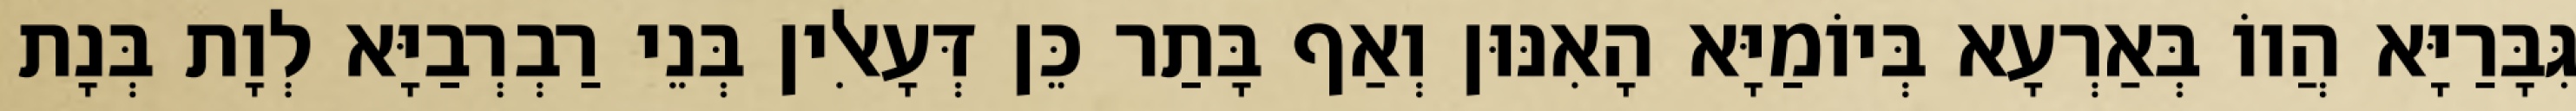
גִּבָּרַיָּא הֲווֹ בְּאַרְעָא בְּיוֹמַיָּא הָאִנּוּן וְאַף בָּתַר כֵּן דְּעָאלִין בְּנֵי רַבְרְבַיָּא לְוָת בְּנָת